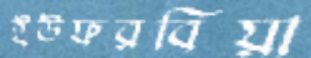
ইউফরবিয়া